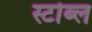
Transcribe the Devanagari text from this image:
स्टोब्ल